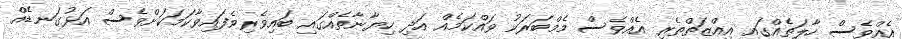
އެއްވެސް ހާލަތެއްގައި އިއްޒަތްތެރި އެއްވެސް މެމްބަރަކު ވައްކަމެއް އަދި ހިޔާނާތެއްގައި ބައިވެރިވެފައިވާކަމަކަށްވެސް އަޅުގަނޑެއް